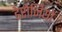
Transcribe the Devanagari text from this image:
डेरोजियो